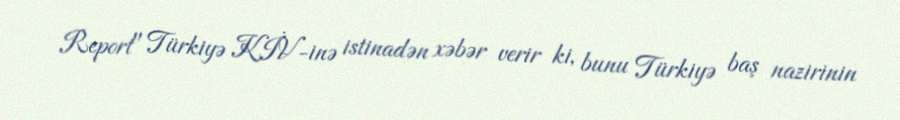
Report" Türkiyə KİV-inə istinadən xəbər verir ki, bunu Türkiyə baş nazirinin